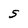
Character: S